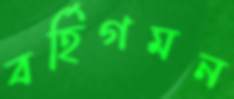
বর্হিগমন